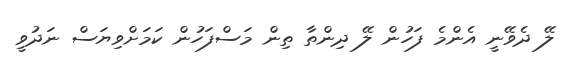
ލޭ ދެވޭނީ އެންމެ ފަހުން ލޭ ދިންތާ ތިން މަސްފަހުން ކަމަށްވިޔަސް ނަދުވީ